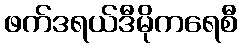
ဖက်ဒရယ်ဒီမိုကရေစီ